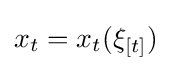
x_{t}=x_{t}(\xi _{[t]})